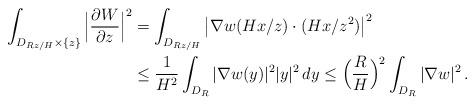
LaTeX: \begin{align*} \begin{aligned} \int_{D_{Rz/H}\times\{z\}}\Big|\frac{\partial W}{\partial z}\Big|^2&=\int_{D_{Rz/H}}\big|\nabla w(Hx/z)\cdot(Hx/z^2)\big|^2\\&\leq\frac{1}{H^2} \int_{D_R} |\nabla w(y)|^2|y|^2\,dy\leq\Big(\frac{R}{H}\Big)^2 \int_{D_R} |\nabla w|^2\,.\end{aligned} \end{align*}